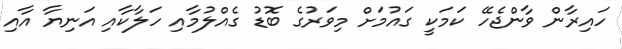
ހައިރާން ވާންޖެހޭ ކަމަކީ ގައުމަށް މިވަރުގެ ބޮޑު ގެއްލުމާއި ހަލާކާއި އަނިޔާ އާއި